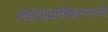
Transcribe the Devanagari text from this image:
अद्ययावतीकरणाची